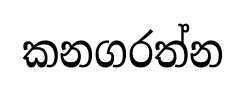
කනගරත්න